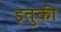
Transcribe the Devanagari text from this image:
इतुकी